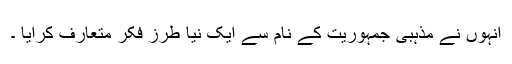
انہوں نے مذہبی جمہوریت کے نام سے ایک نیا طرز فکر متعارف کرایا ۔